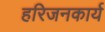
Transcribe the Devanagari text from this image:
हरिजनकार्य